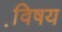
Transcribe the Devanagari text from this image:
वि़षय